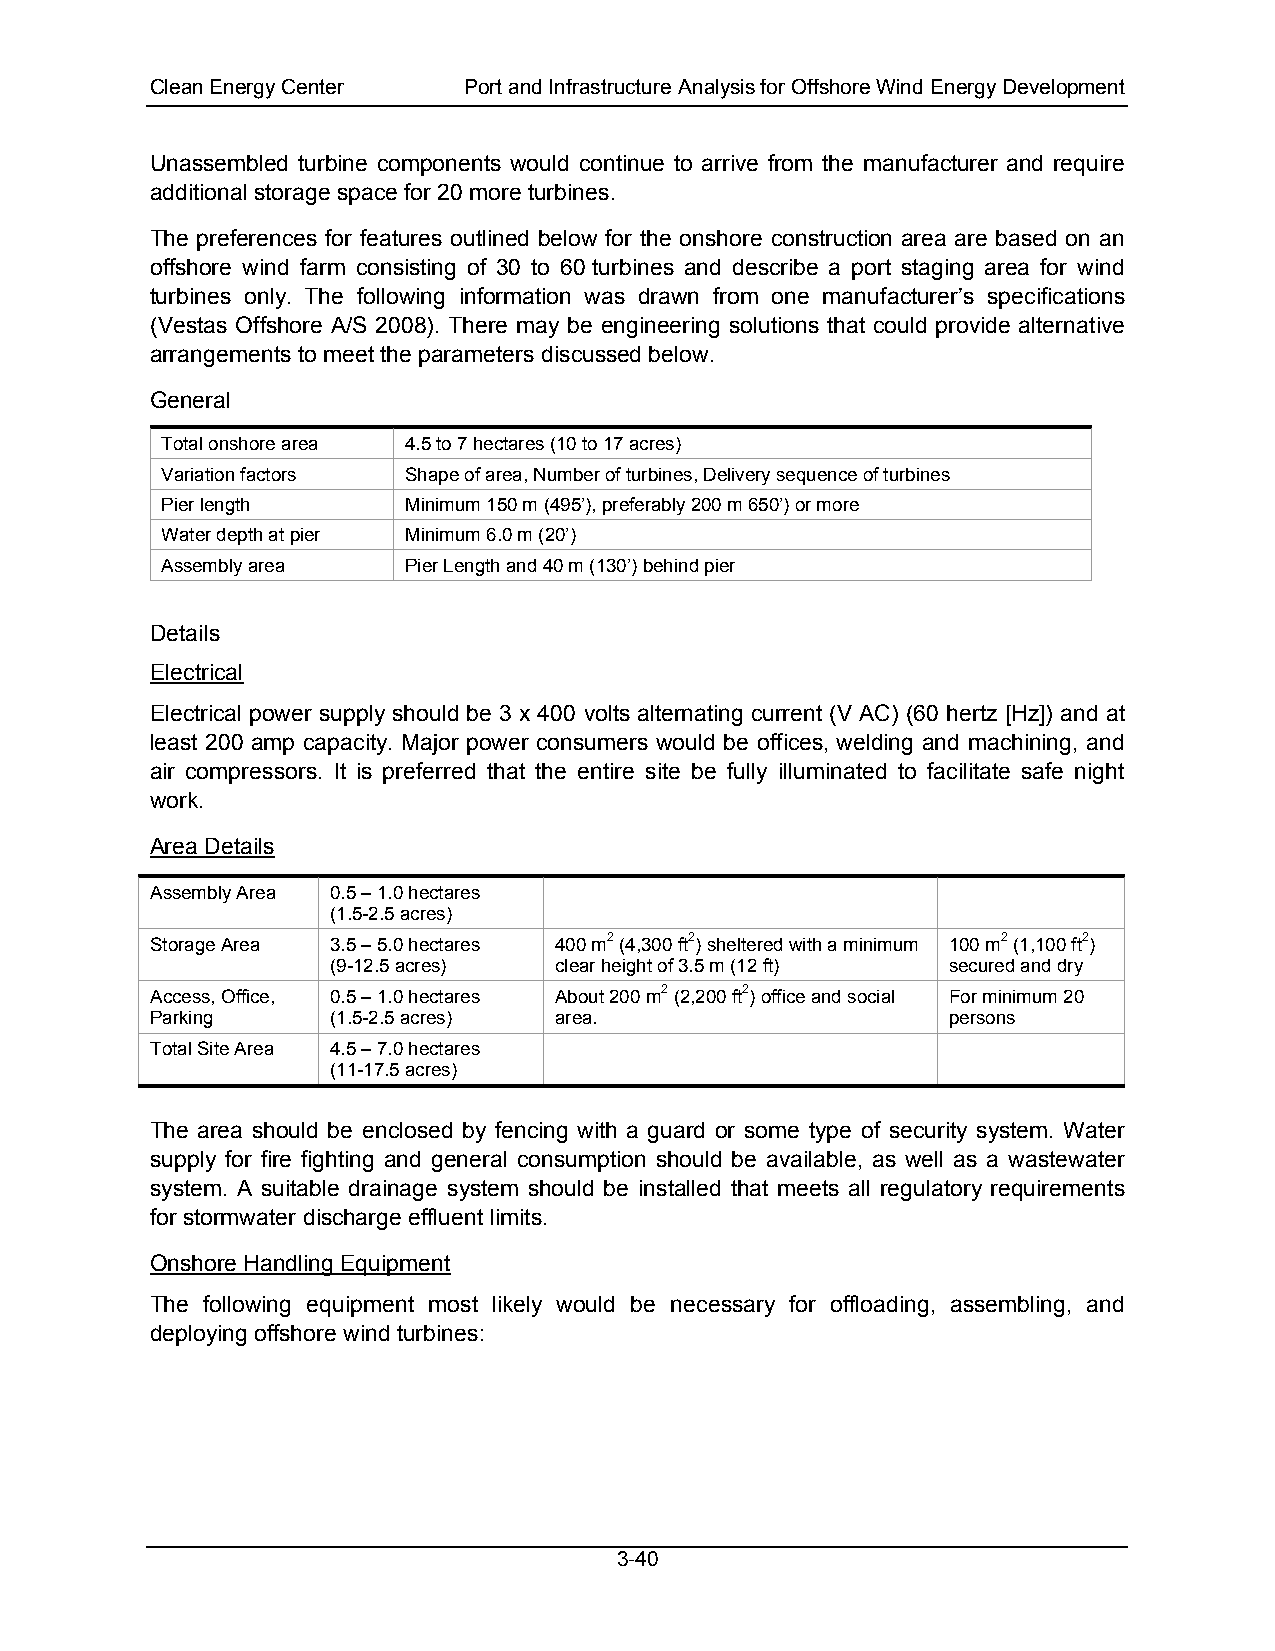
Clean Energy Center  Port and Infrastructure Analysis for Offshore Wind Energy Development
 Unassembled turbine components would continue to arrive from the manufacturer and require
 additional storage space for 20 more turbines.
 The preferences for features outlined below for the onshore construction area are based on an
 offshore wind farm consisting of 30 to 60 turbines and describe a port staging area for wind
 turbines only. The following information was drawn from one manufacturer’s specifications
 (Vestas Offshore A/S 2008). There may be engineering solutions that could provide alternative
 arrangements to meet the parameters discussed below.
 General
 Total onshore area 4.5 to 7 hectares (10 to 17 acres)
 Variation factors Shape of area, Number of turbines, Delivery sequence of turbines
 Pier length     Minimum 150 m (495’), preferably 200 m 650’) or more
 Water depth at pier Minimum 6.0 m (20’)
 Assembly area   Pier Length and 40 m (130’) behind pier
 Details
 Electrical
 Electrical power supply should be 3 x 400 volts alternating current (V AC) (60 hertz [Hz]) and at
 least 200 amp capacity. Major power consumers would be offices, welding and machining, and
 air compressors. It is preferred that the entire site be fully illuminated to facilitate safe night
 work.
 Area Details
 Assembly Area 0.5 – 1.0 hectares
 (1.5-2.5 acres)
 Storage Area 3.5 – 5.0 hectares 400 m2 (4,300 ft2) sheltered with a minimum 100 m2 (1,100 ft2)
 (9-12.5 acres) clear height of 3.5 m (12 ft) secured and dry
 Access, Office, 0.5 – 1.0 hectares About 200 m2 (2,200 ft2) office and social For minimum 20
 Parking     (1.5-2.5 acres) area.                    persons
 Total Site Area 4.5 – 7.0 hectares
 (11-17.5 acres)
 The area should be enclosed by fencing with a guard or some type of security system. Water
 supply for fire fighting and general consumption should be available, as well as a wastewater
 system. A suitable drainage system should be installed that meets all regulatory requirements
 for stormwater discharge effluent limits.
 Onshore Handling Equipment
 The following equipment most likely would be necessary for offloading, assembling, and
 deploying offshore wind turbines:
 3-40